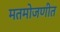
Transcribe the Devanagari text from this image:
मतमोजणीत